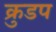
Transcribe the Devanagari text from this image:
क्रुडप